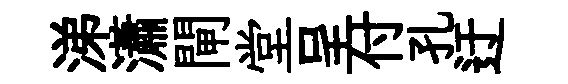
涕瀟閘堂呈付孔迂